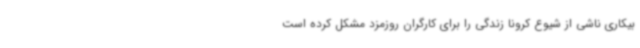
بیکاری ناشی از شیوع کرونا زندگی را برای کارگران روزمزد مشکل کرده است